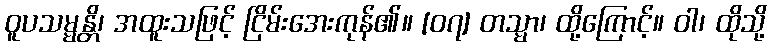
ဝူပသမ္မန္တိ၊ အထူးသဖြင့် ငြိမ်းအေးကုန်၏။ [၀၇] တသ္မာ၊ ထို့ကြောင့်။ ဝါ၊ ထိုသို့